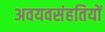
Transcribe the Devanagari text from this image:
अवयवसंहतियों